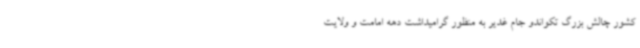
کشور چالش بزرگ تکواندو جام غدیر به منظور گرامیداشت دهه امامت و ولایت